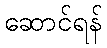
ဆောင်ရန်